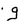
Character: g